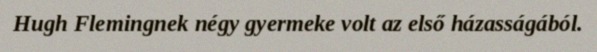
Hugh Flemingnek négy gyermeke volt az első házasságából.